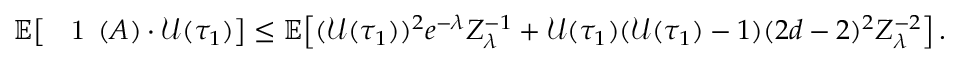
\begin{array} { r } { \mathbb { E } \! \left[ { \mathrm { \Large ~ \mathfrak ~ 1 ~ } } ( A ) \cdot \mathcal { U } ( \tau _ { 1 } ) \right] \leq \mathbb { E } \! \left[ ( \mathcal { U } ( \tau _ { 1 } ) ) ^ { 2 } e ^ { - \lambda } Z _ { \lambda } ^ { - 1 } + \mathcal { U } ( \tau _ { 1 } ) ( \mathcal { U } ( \tau _ { 1 } ) - 1 ) ( 2 d - 2 ) ^ { 2 } Z _ { \lambda } ^ { - 2 } \right] . } \end{array}